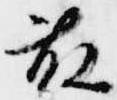
藤